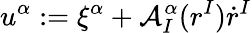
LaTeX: u^{\alpha}:=\xi^{\alpha}+\mathcal{A}_{I}^{\alpha}(r^{I})\dot{r}^{I}